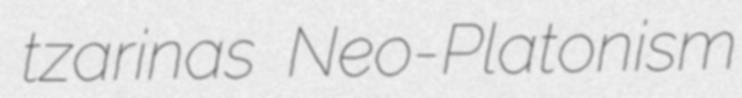
tzarinas Neo-Platonism